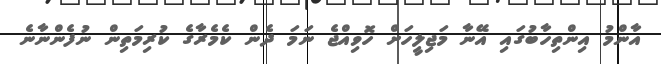
އާންމު އިންތިހާބުގައި އޭނާ މަޖިލީހަށް ހޮވިއްޖެ ނަމަ ދެން ކެމެރާގެ ކުރިމަތިން ނުފެންނާނެ